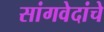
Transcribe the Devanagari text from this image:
सांगवेदांचे